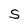
Character: S